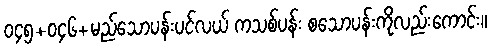
၀၄၅+၀၄၆+မည်သောပန်းပင်လယ် ကသစ်ပန်း စသောပန်းကိုလည်းကောင်း။